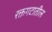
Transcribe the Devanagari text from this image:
रक्तगटातील